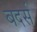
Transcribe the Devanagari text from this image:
बदर्स